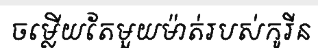
ចម្លើយតែមួយម៉ាត់របស់កូរីន